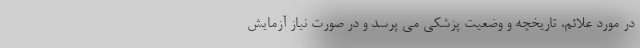
در مورد علائم، تاریخچه و وضعیت پزشکی می پرسد و در صورت نیاز آزمایش